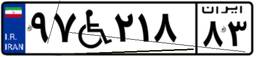
۹۷W۲۱۸۸۳